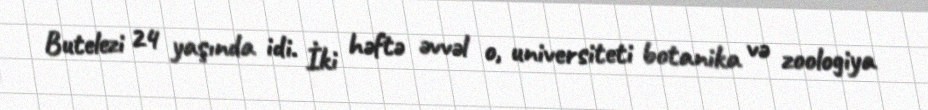
Butelezi 24 yaşında idi. İki həftə əvvəl o, universiteti botanika və zoologiya